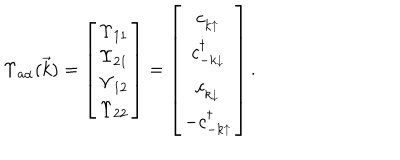
\Upsilon _ { a \alpha } ( \vec { k } ) = \left[ \begin{array} { c } { { \Upsilon _ { 1 1 } } } \\ { { \Upsilon _ { 2 1 } } } \\ { { \Upsilon _ { 1 2 } } } \\ { { \Upsilon _ { 2 2 } } } \\ \end{array} \right] = \left[ \begin{array} { c } { { c _ { k \uparrow } ^ { \vphantom \dagger } } } \\ { { c _ { - k \downarrow } ^ { \dagger } } } \\ { { c _ { k \downarrow } ^ { \vphantom \dagger } } } \\ { { - c _ { - k \uparrow } ^ { \dagger } } } \\ \end{array} \right] .